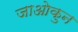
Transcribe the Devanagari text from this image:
जाओकुन